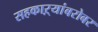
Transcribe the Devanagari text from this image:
सहकाऱ्यांबरोबर